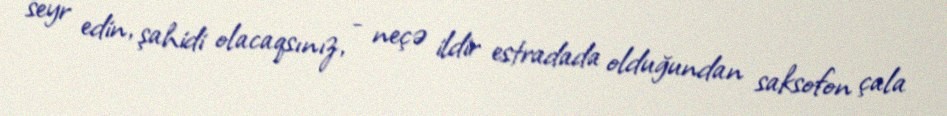
seyr edin, şahidi olacaqsınız, - neçə ildir estradada olduğundan saksofon çala